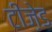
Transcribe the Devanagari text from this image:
टीज़ेड